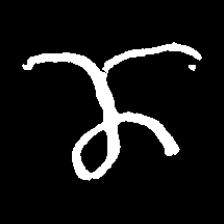
Pyu character \u2014 Myanmar letter: ဏ (romanized: nna)